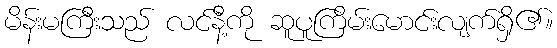
မိန်းမကြီးသည် လင်နီ့ကို ဆူပူကြိမ်းမောင်းလျက်ရှိ၏။